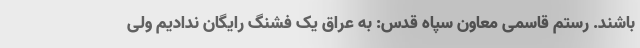
باشند. رستم قاسمی معاون سپاه قدس: به عراق یک فشنگ رایگان ندادیم ولی